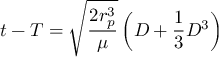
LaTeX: t - T = { \sqrt { \frac { 2 r _ { p } ^ { 3 } } { \mu } } } \left( D + { \frac { 1 } { 3 } } D ^ { 3 } \right)